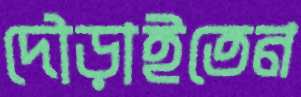
দৌড়াইতেন